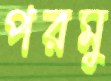
পরমু